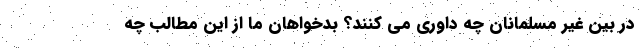
در بین غیر مسلمانان چه داوری می کنند؟ بدخواهان ما از این مطالب چه